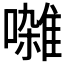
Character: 𫝜